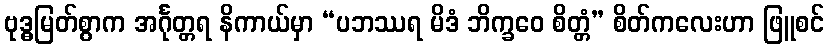
ဗုဒ္ဓမြတ်စွာက အင်္ဂုတ္တရ နိကာယ်မှာ “ပဘဿရ မိဒံ ဘိက္ခဝေ စိတ္တံ” စိတ်ကလေးဟာ ဖြူစင်